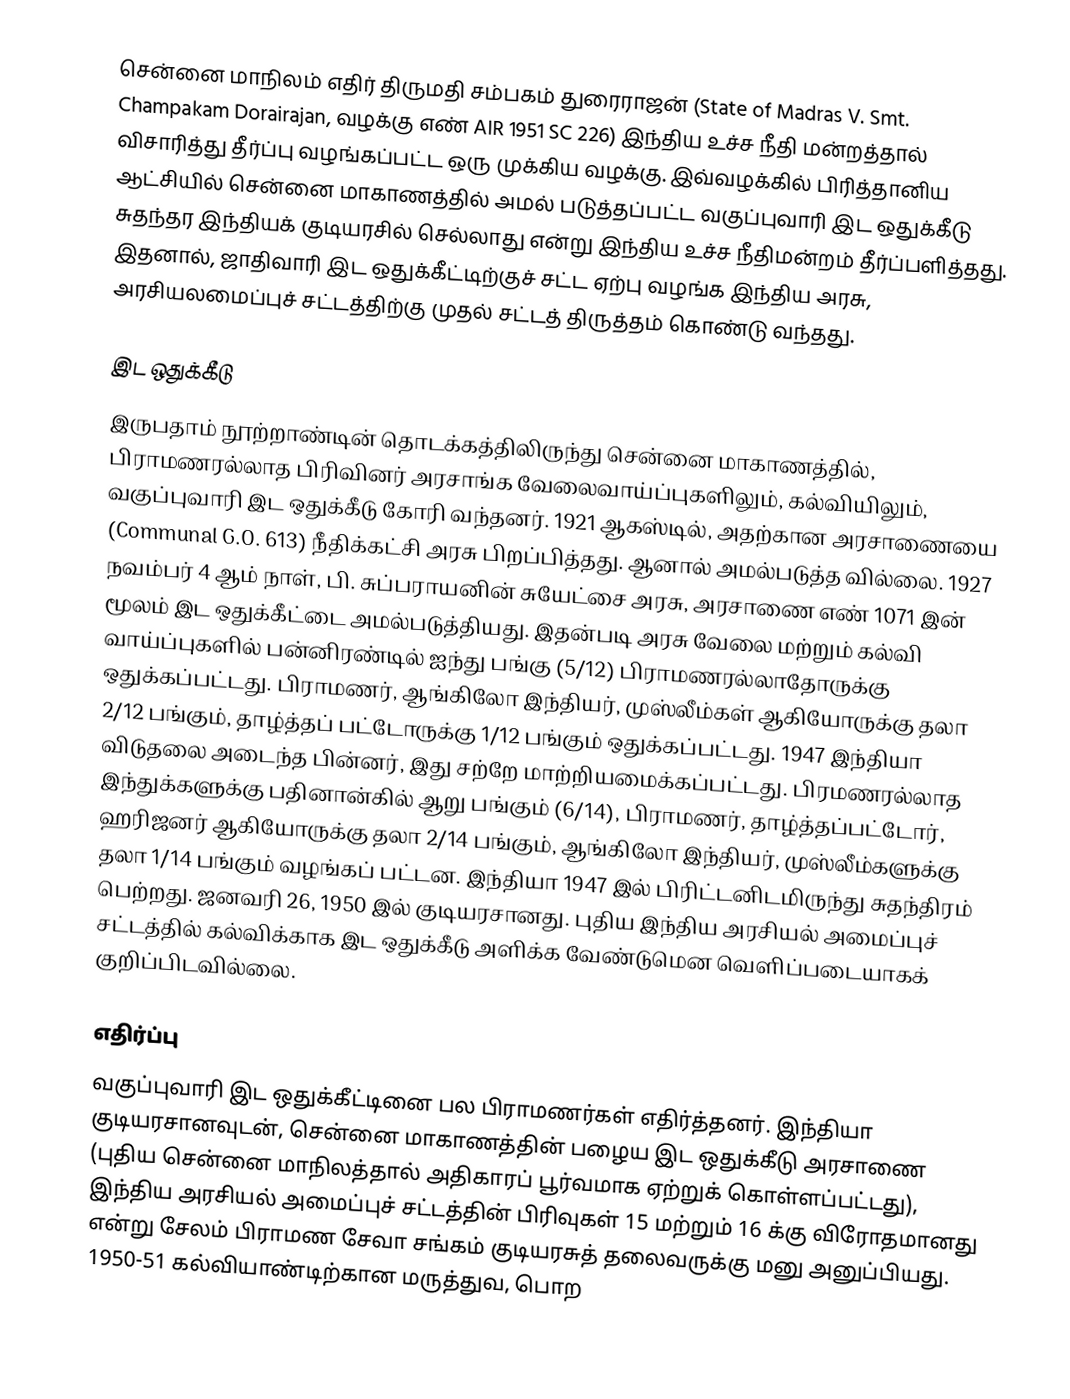
சென்னை மாநிலம் எதிர் திருமதி சம்பகம் துரைராஜன் (State of Madras V. Smt. Champakam Dorairajan, வழக்கு எண் AIR 1951 SC 226) இந்திய உச்ச நீதி மன்றத்தால் விசாரித்து தீர்ப்பு வழங்கப்பட்ட ஒரு முக்கிய வழக்கு. இவ்வழக்கில் பிரித்தானிய ஆட்சியில் சென்னை மாகாணத்தில் அமல் படுத்தப்பட்ட வகுப்புவாரி இட ஒதுக்கீடு சுதந்தர இந்தியக் குடியரசில் செல்லாது என்று இந்திய உச்ச நீதிமன்றம் தீர்ப்பளித்தது. இதனால், ஜாதிவாரி இட ஒதுக்கீட்டிற்குச் சட்ட ஏற்பு வழங்க இந்திய அரசு, அரசியலமைப்புச் சட்டத்திற்கு முதல் சட்டத் திருத்தம் கொண்டு வந்தது.

இட ஒதுக்கீடு
இருபதாம் நூற்றாண்டின் தொடக்கத்திலிருந்து சென்னை மாகாணத்தில், பிராமணரல்லாத பிரிவினர் அரசாங்க வேலைவாய்ப்புகளிலும், கல்வியிலும், வகுப்புவாரி இட ஒதுக்கீடு கோரி வந்தனர். 1921 ஆகஸ்டில், அதற்கான அரசாணையை (Communal G.O. 613) நீதிக்கட்சி அரசு பிறப்பித்தது. ஆனால் அமல்படுத்த வில்லை. 1927 நவம்பர் 4 ஆம் நாள், பி. சுப்பராயனின் சுயேட்சை அரசு, அரசாணை எண் 1071 இன் மூலம் இட ஒதுக்கீட்டை அமல்படுத்தியது. இதன்படி அரசு வேலை மற்றும் கல்வி வாய்ப்புகளில் பன்னிரண்டில் ஐந்து பங்கு (5/12) பிராமணரல்லாதோருக்கு ஒதுக்கப்பட்டது. பிராமணர், ஆங்கிலோ இந்தியர், முஸ்லீம்கள் ஆகியோருக்கு தலா 2/12 பங்கும், தாழ்த்தப் பட்டோருக்கு 1/12 பங்கும் ஒதுக்கப்பட்டது. 1947 இந்தியா விடுதலை அடைந்த பின்னர், இது சற்றே மாற்றியமைக்கப்பட்டது. பிரமணரல்லாத இந்துக்களுக்கு பதினான்கில் ஆறு பங்கும் (6/14), பிராமணர், தாழ்த்தப்பட்டோர், ஹரிஜனர் ஆகியோருக்கு தலா 2/14 பங்கும், ஆங்கிலோ இந்தியர், முஸ்லீம்களுக்கு தலா 1/14 பங்கும் வழங்கப் பட்டன. இந்தியா 1947 இல் பிரிட்டனிடமிருந்து சுதந்திரம் பெற்றது. ஜனவரி 26, 1950 இல் குடியரசானது. புதிய இந்திய அரசியல் அமைப்புச் சட்டத்தில் கல்விக்காக இட ஒதுக்கீடு அளிக்க வேண்டுமென வெளிப்படையாகக் குறிப்பிடவில்லை.

எதிர்ப்பு
வகுப்புவாரி இட ஒதுக்கீட்டினை பல பிராமணர்கள் எதிர்த்தனர். இந்தியா குடியரசானவுடன், சென்னை மாகாணத்தின் பழைய இட ஒதுக்கீடு அரசாணை (புதிய சென்னை மாநிலத்தால் அதிகாரப் பூர்வமாக ஏற்றுக் கொள்ளப்பட்டது), இந்திய அரசியல் அமைப்புச் சட்டத்தின் பிரிவுகள் 15 மற்றும் 16 க்கு விரோதமானது என்று சேலம் பிராமண சேவா சங்கம் குடியரசுத் தலைவருக்கு மனு அனுப்பியது. 1950-51 கல்வியாண்டிற்கான மருத்துவ, பொற